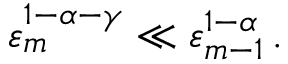
\varepsilon _ { m } ^ { 1 - \alpha - \gamma } \ll \varepsilon _ { m - 1 } ^ { 1 - \alpha } \, .